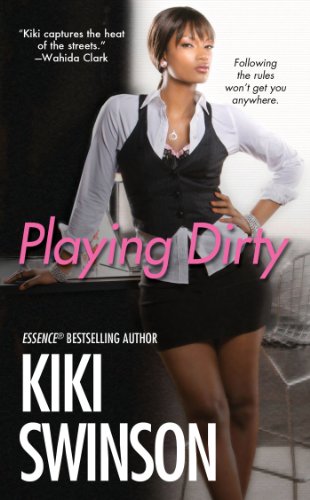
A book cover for Playing Dirty; Kiki Swinson; Mystery, Thriller & Suspense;